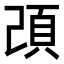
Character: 䪱